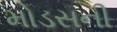
મોડસની